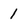
Character: 1